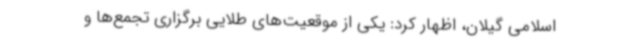
اسلامی گیلان، اظهار کرد: یکی از موقعیت‌های طلایی برگزاری تجمع‌ها و